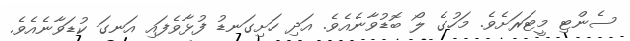
ސެންޓި މީޓަރަށެވެ. މަހުގެ ލޯ ބޮޑުވާނެއެވެ. އަދި ހަށިގަނޑު ފުޅާވެފައި އަނގަ ކުޑަވާނެއެވެ.